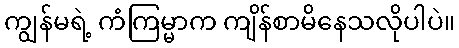
ကျွန်မရဲ့ ကံကြမ္မာက ကျိန်စာမိနေသလိုပါပဲ။